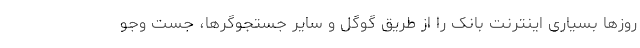
روزها بسیاری اینترنت بانک را از طریق گوگل و سایر جستجوگرها، جست وجو